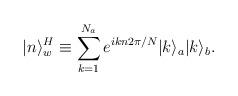
LaTeX: \begin{align*}|n\rangle^H_w \equiv \sum_{k=1}^{N_a} e^{ikn2\pi/N}|k\rangle_a|k\rangle_b.\end{align*}